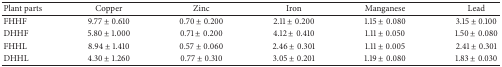
<table><thead><tr><td><b>Plant parts</b></td><td><b>Copper</b></td><td><b>Zinc</b></td><td><b>Iron</b></td><td><b>Manganese</b></td><td><b>Lead</b></td></tr></thead><tbody><tr><td>FHHF</td><td>9.77 ± 0.610</td><td>0.70 ± 0.200</td><td>2.11 ± 0.200</td><td>1.15 ± 0.080</td><td>3.15 ± 0.100</td></tr><tr><td>DHHF</td><td>5.80 ± 1.000</td><td>0.71 ± 0.200</td><td>4.12 ± 0.410</td><td>1.11 ± 0.050</td><td>1.50 ± 0.080</td></tr><tr><td>FHHL</td><td>8.94 ± 1.410</td><td>0.57 ± 0.060</td><td>2.46 ± 0.301</td><td>1.11 ± 0.005</td><td>2.41 ± 0.301</td></tr><tr><td>DHHL</td><td>4.30 ± 1.260</td><td>0.77 ± 0.310</td><td>3.05 ± 0.201</td><td>1.19 ± 0.080</td><td>1.83 ± 0.030</td></tr></tbody></table>